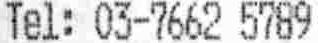
TEL: 03-7662 5789